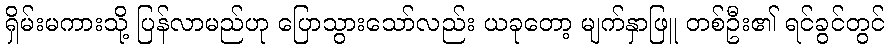
ရှိမ်းမကားသို့ ပြန်လာမည်ဟု ပြောသွားသော်လည်း ယခုတော့ မျက်နှာဖြူ တစ်ဦး၏ ရင်ခွင်တွင်